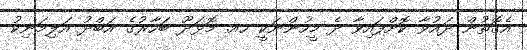
އެގޮތުން ދައުވާ ކޮށްފައިވާ ދެ މީހުންނަކީ ހއ. މޮޅަދޫ ބަހާރުގެ އަބްދު އަލިމަނިކު